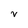
Character: v